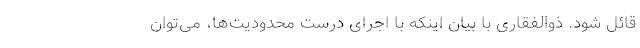
قائل شود. ذوالفقاری با بیان اینکه با اجرای درست محدودیت‌ها، می‌توان